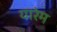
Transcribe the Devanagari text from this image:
यारेम